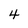
Character: 4